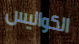
الكواليس